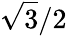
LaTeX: \sqrt{3}/2